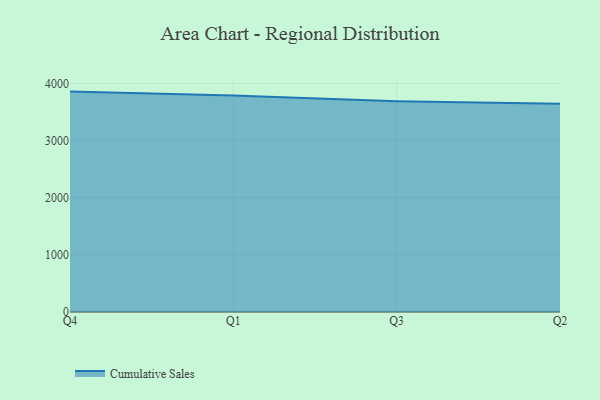
{"axis": {"x": "Quarter", "y": "Revenue (USD Million)"}, "legend": ["Cumulative Sales"], "data": [{"x": "Q4", "y": 3858.7, "type": "Cumulative Sales"}, {"x": "Q1", "y": 3791.2, "type": "Cumulative Sales"}, {"x": "Q3", "y": 3688.0, "type": "Cumulative Sales"}, {"x": "Q2", "y": 3646.3, "type": "Cumulative Sales"}]}